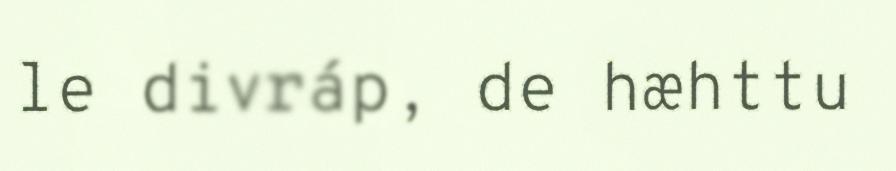
le divráp, de hæhttu